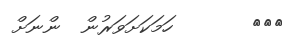
١٣٨       ހަމަކަށަވަރުން  ންނަށް